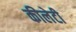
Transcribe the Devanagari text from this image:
कीलेटी